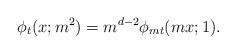
LaTeX: \begin{align*}\phi_t(x; m^2) = m^{d-2} \phi_{mt}(mx; 1).\end{align*}